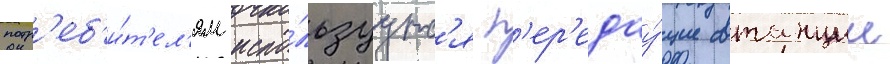
потр'еб'и́т'ел'ям испо́льзуутс'я п'ер'едау́щие станции